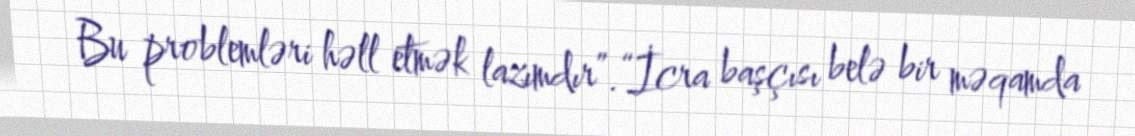
Bu problemləri həll etmək lazımdır”.“İcra başçısı belə bir məqamda